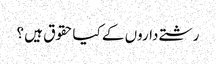
رشتے داروں کے کیاحقوق ہیں ؟